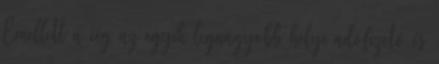
Emellett a cég az egyik legnagyobb helyi adófizető és